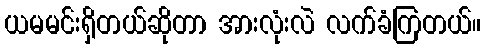
ယမမင်းရှိတယ်ဆိုတာ အားလုံးလဲ လက်ခံကြတယ်။